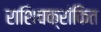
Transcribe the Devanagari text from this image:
राशिचक्रांकित